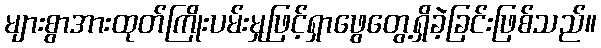
များစွာအားထုတ်ကြိုးပမ်းမှုဖြင့်ရှာဖွေတွေ့ရှိခဲ့ခြင်းဖြစ်သည်။